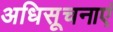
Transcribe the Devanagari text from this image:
अधिसूचनाएं